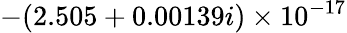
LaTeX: -(2.505+0.00139i)\times 10^{-17}